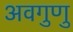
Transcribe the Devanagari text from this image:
अवगुणु